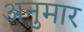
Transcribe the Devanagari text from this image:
अनुमार